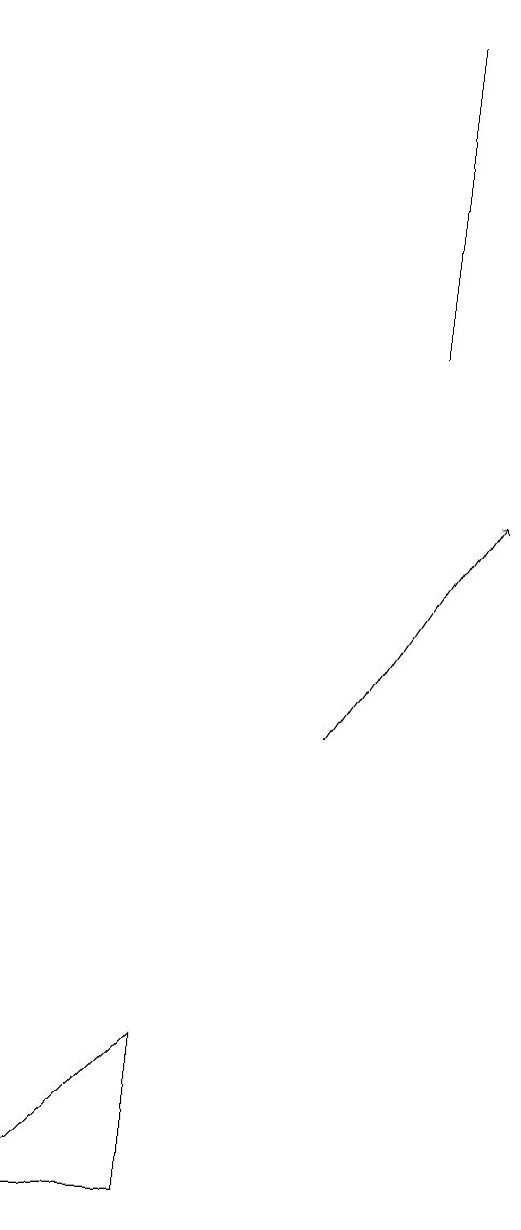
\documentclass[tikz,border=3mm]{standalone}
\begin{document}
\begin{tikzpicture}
\draw (5,19) rectangle (5,15);
\draw[->] (4,10) -- (6,13);
\draw (2,4) -- (2,6) -- (0,4) -- cycle;
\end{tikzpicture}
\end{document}